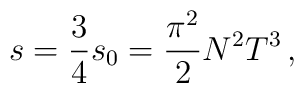
s = \frac34 s_0 = \frac{\pi^2}2 N^2 T^3\,,